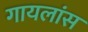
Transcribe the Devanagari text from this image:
गायलांस